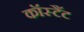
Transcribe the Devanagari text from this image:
कॉस्टैंट